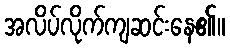
အလိပ်လိုက်ကျဆင်းနေ၏။